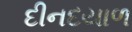
દીનદયાળ